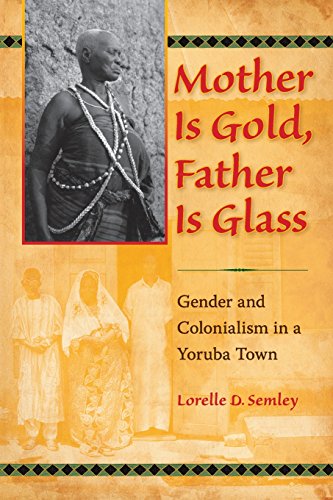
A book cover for Mother Is Gold, Father Is Glass: Gender and Colonialism in a Yoruba Town; Lorelle D. Semley; Gay & Lesbian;